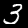
Digit: 3